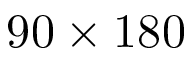
9 0 \times 1 8 0